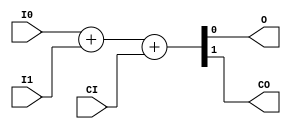
module EFX_ADD(
   output O,
   output CO,
   input I0,
   input I1,
   input CI
);
   parameter I0_POLARITY   = 1;
   parameter I1_POLARITY   = 1;
   wire i0;
   wire i1;
   assign i0 = I0_POLARITY ? I0 : ~I0;
   assign i1 = I1_POLARITY ? I1 : ~I1;
   assign {CO, O} = i0 + i1 + CI;
endmodule